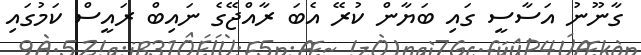
ގާނޫނު އަސާސީ ގައި ބަޔާން ކުރޭ އެބަ ރާއްޖޭގެ ނައިބް ރައީސް ކަމުގައި